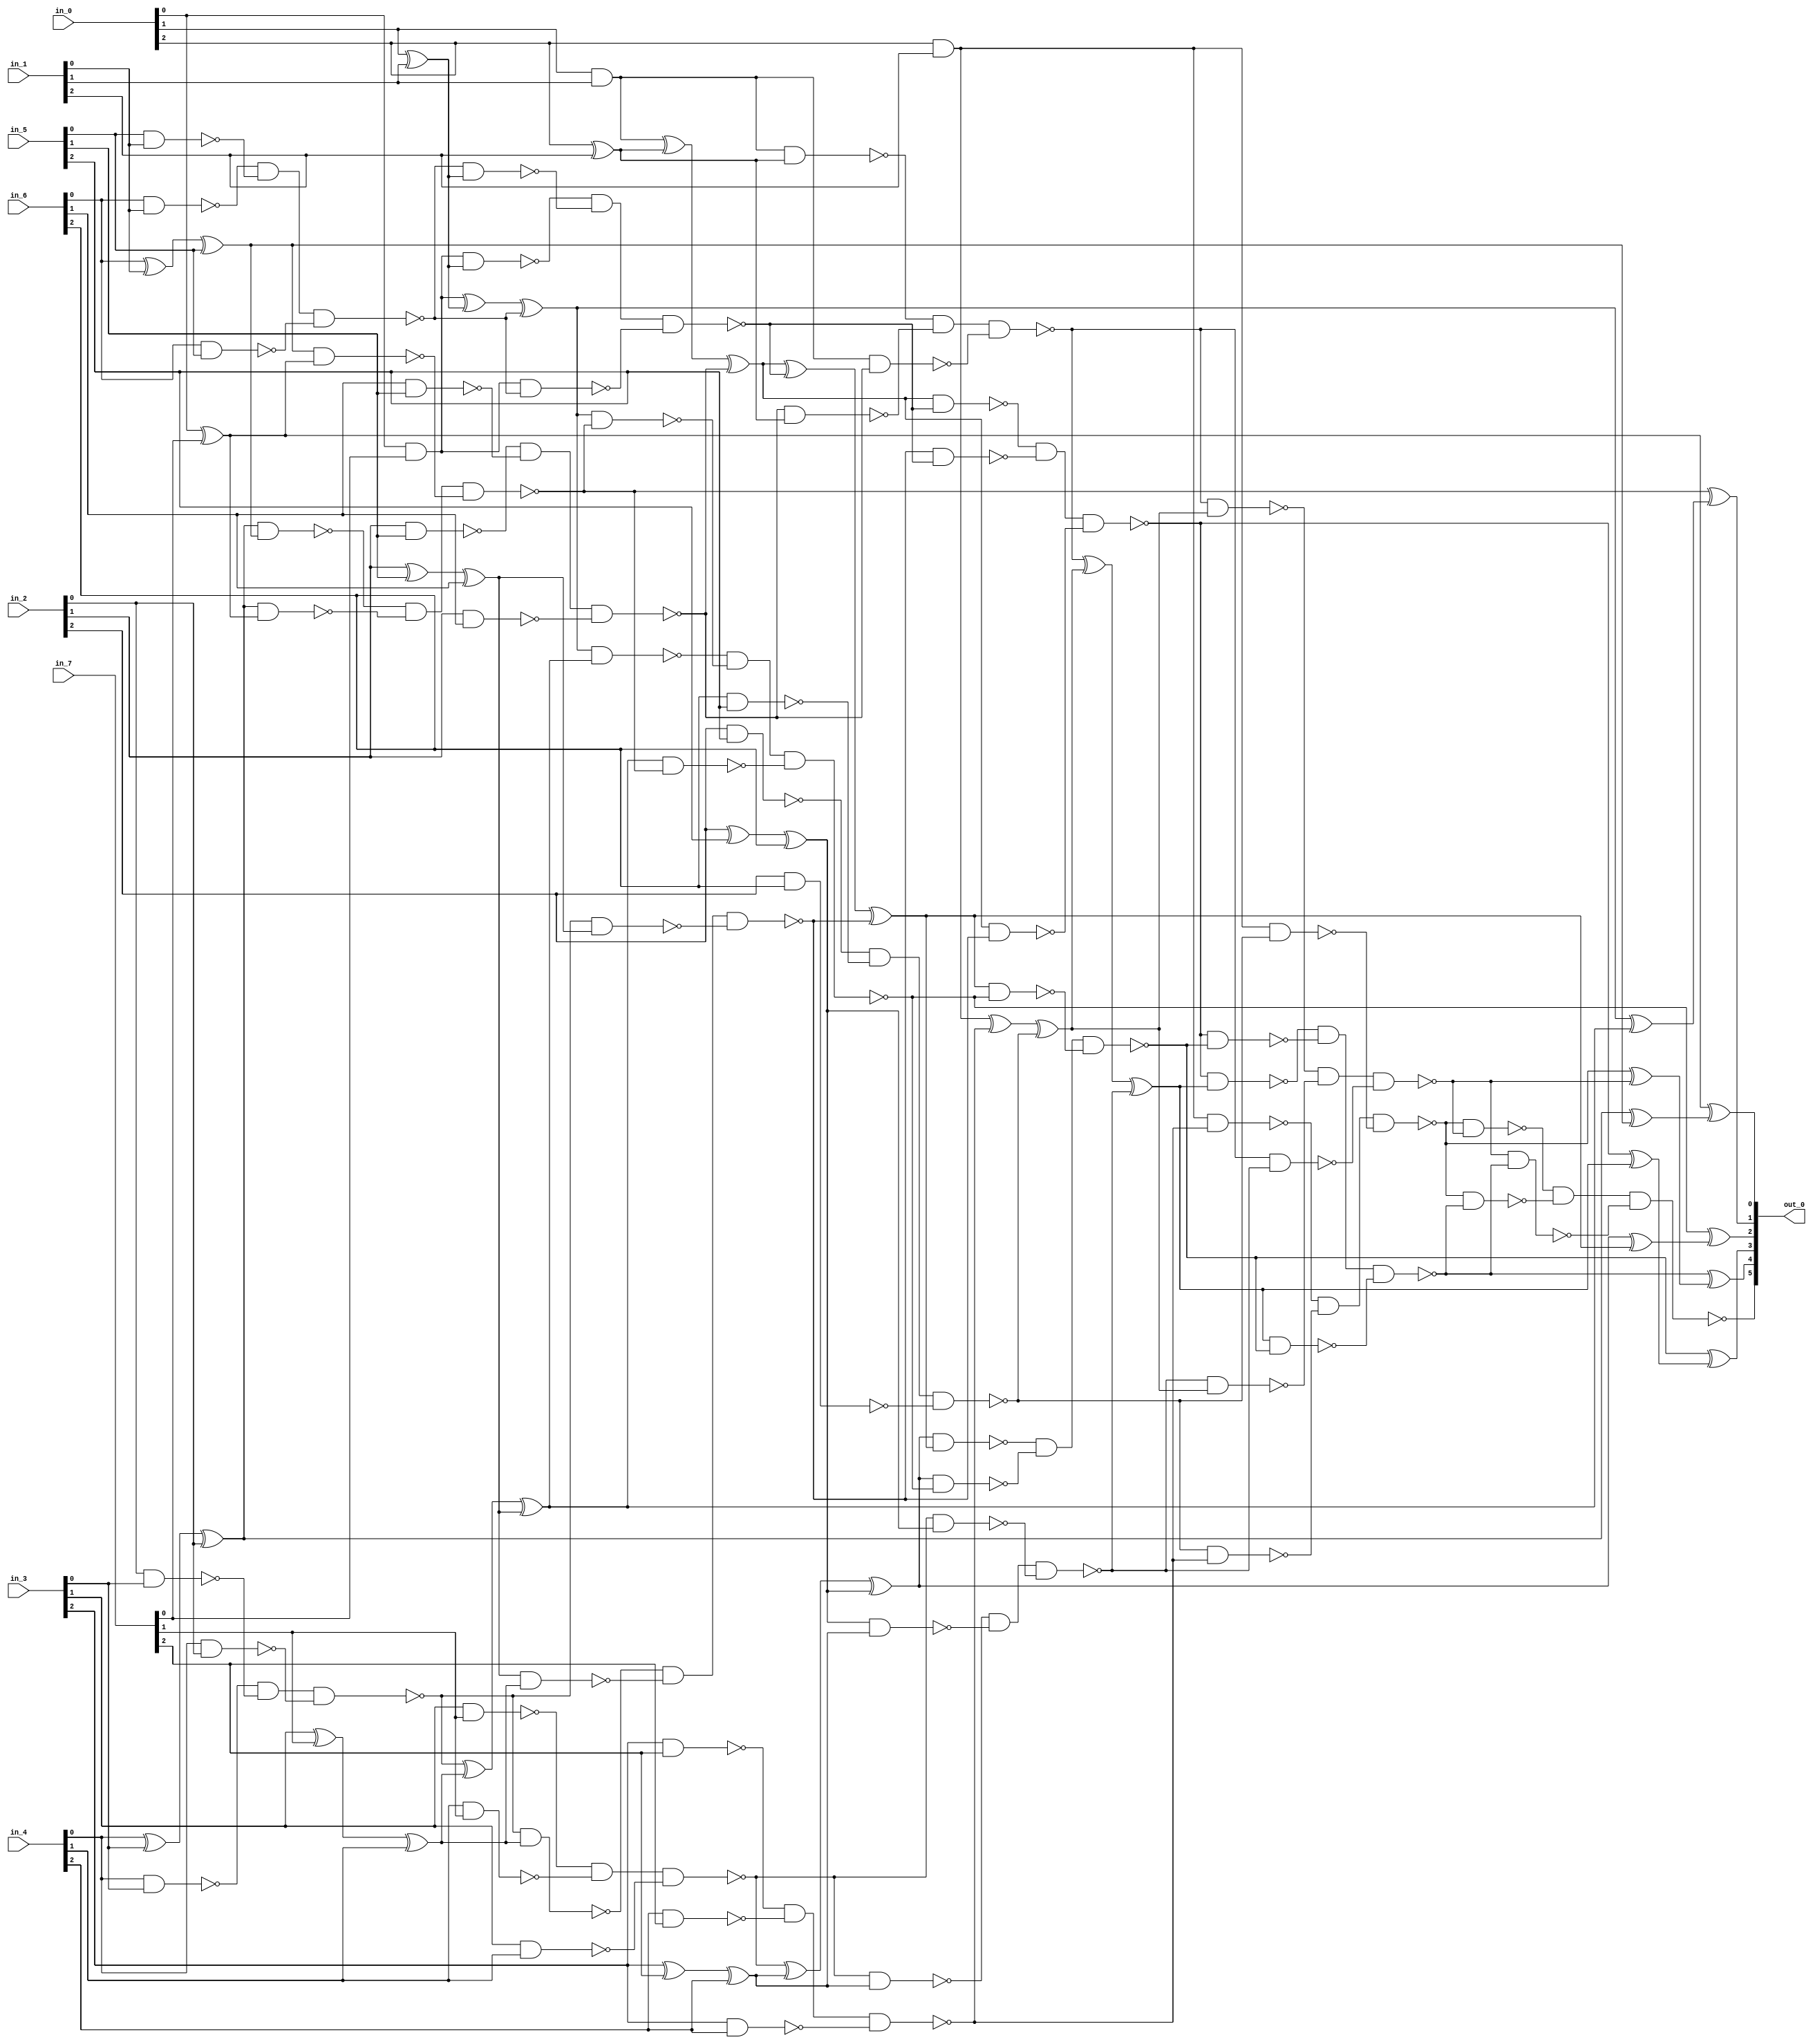
module csa_tree_add_723_48_group_78_GENERIC_REAL(in_0, in_1, in_2,
     in_3, in_4, in_5, in_6, in_7, out_0);
// synthesis_equation "assign out_0 = ( ( ( ( ( ( ( in_6 + in_7 )  + in_5 )  + in_4 )  + in_3 )  + in_2 )  + in_1 )  + in_0 )  ;"
  input [2:0] in_0, in_1, in_2, in_3, in_4, in_5, in_6, in_7;
  output [5:0] out_0;
  wire [2:0] in_0, in_1, in_2, in_3, in_4, in_5, in_6, in_7;
  wire [5:0] out_0;
  wire n_32, n_33, n_34, n_35, n_36, n_38, n_39, n_40;
  wire n_41, n_42, n_43, n_44, n_45, n_46, n_47, n_48;
  wire n_49, n_50, n_51, n_52, n_53, n_54, n_55, n_56;
  wire n_57, n_58, n_59, n_60, n_61, n_62, n_63, n_64;
  wire n_65, n_66, n_67, n_68, n_69, n_70, n_71, n_72;
  wire n_73, n_74, n_75, n_76, n_77, n_78, n_79, n_80;
  wire n_81, n_82, n_83, n_84, n_85, n_86, n_87, n_88;
  wire n_89, n_90, n_91, n_92, n_93, n_94, n_95, n_96;
  wire n_97, n_98, n_99, n_100, n_101, n_102, n_103, n_104;
  wire n_105, n_106, n_107, n_108, n_109, n_110, n_111, n_112;
  wire n_113, n_114, n_115, n_116, n_117, n_118, n_119, n_120;
  wire n_121, n_122, n_123, n_124, n_125, n_126, n_127, n_128;
  wire n_129, n_130, n_131, n_132, n_133, n_134, n_135, n_136;
  wire n_137, n_138, n_139, n_140;
  xor g1 (n_43, in_0[0], in_7[0]);
  and g17 (n_44, in_0[0], in_7[0]);
  xor g18 (n_65, in_6[0], in_1[0]);
  xor g2 (n_42, n_65, in_5[0]);
  nand g19 (n_66, in_6[0], in_1[0]);
  nand g20 (n_67, in_5[0], in_1[0]);
  nand g21 (n_68, in_6[0], in_5[0]);
  nand g22 (n_46, n_66, n_67, n_68);
  xor g23 (n_69, in_4[0], in_3[0]);
  xor g24 (n_36, n_69, in_2[0]);
  nand g3 (n_70, in_4[0], in_3[0]);
  nand g25 (n_71, in_2[0], in_3[0]);
  nand g26 (n_72, in_4[0], in_2[0]);
  nand g27 (n_47, n_70, n_71, n_72);
  xor g28 (n_45, in_0[1], in_1[1]);
  and g29 (n_50, in_0[1], in_1[1]);
  xor g30 (n_73, in_3[1], in_7[1]);
  xor g31 (n_48, n_73, in_4[1]);
  nand g32 (n_74, in_3[1], in_7[1]);
  nand g4 (n_75, in_4[1], in_7[1]);
  nand g5 (n_76, in_3[1], in_4[1]);
  nand g33 (n_53, n_74, n_75, n_76);
  xor g34 (n_77, in_2[1], in_5[1]);
  xor g35 (n_49, n_77, in_6[1]);
  nand g36 (n_78, in_2[1], in_5[1]);
  nand g37 (n_79, in_6[1], in_5[1]);
  nand g38 (n_80, in_2[1], in_6[1]);
  nand g6 (n_52, n_78, n_79, n_80);
  xor g39 (n_81, n_44, n_45);
  xor g40 (n_35, n_81, n_46);
  nand g41 (n_82, n_44, n_45);
  nand g42 (n_83, n_46, n_45);
  nand g43 (n_84, n_44, n_46);
  nand g44 (n_57, n_82, n_83, n_84);
  xor g45 (n_85, n_47, n_48);
  xor g46 (n_41, n_85, n_49);
  nand g47 (n_86, n_47, n_48);
  nand g48 (n_87, n_49, n_48);
  nand g49 (n_88, n_47, n_49);
  nand g50 (n_58, n_86, n_87, n_88);
  xor g51 (n_51, in_0[2], in_1[2]);
  and g52 (n_59, in_0[2], in_1[2]);
  xor g53 (n_89, in_3[2], in_7[2]);
  xor g54 (n_54, n_89, in_4[2]);
  nand g55 (n_90, in_3[2], in_7[2]);
  nand g56 (n_91, in_4[2], in_7[2]);
  nand g57 (n_92, in_3[2], in_4[2]);
  nand g58 (n_60, n_90, n_91, n_92);
  xor g59 (n_93, in_2[2], in_5[2]);
  xor g60 (n_55, n_93, in_6[2]);
  nand g61 (n_94, in_2[2], in_5[2]);
  nand g62 (n_95, in_6[2], in_5[2]);
  nand g63 (n_96, in_2[2], in_6[2]);
  nand g64 (n_61, n_94, n_95, n_96);
  xor g65 (n_97, n_50, n_51);
  xor g66 (n_56, n_97, n_52);
  nand g67 (n_98, n_50, n_51);
  nand g68 (n_99, n_52, n_51);
  nand g69 (n_100, n_50, n_52);
  nand g70 (n_62, n_98, n_99, n_100);
  xor g71 (n_101, n_53, n_54);
  xor g72 (n_34, n_101, n_55);
  nand g73 (n_102, n_53, n_54);
  nand g74 (n_103, n_55, n_54);
  nand g75 (n_104, n_53, n_55);
  nand g76 (n_64, n_102, n_103, n_104);
  xor g77 (n_105, n_56, n_57);
  xor g78 (n_40, n_105, n_58);
  nand g79 (n_106, n_56, n_57);
  nand g80 (n_107, n_58, n_57);
  nand g81 (n_108, n_56, n_58);
  nand g82 (n_33, n_106, n_107, n_108);
  xor g83 (n_109, n_59, n_60);
  xor g84 (n_63, n_109, n_61);
  nand g85 (n_110, n_59, n_60);
  nand g86 (n_111, n_61, n_60);
  nand g87 (n_112, n_59, n_61);
  nand g88 (n_32, n_110, n_111, n_112);
  xor g89 (n_113, n_62, n_63);
  xor g90 (n_39, n_113, n_64);
  nand g91 (n_114, n_62, n_63);
  nand g92 (n_115, n_64, n_63);
  nand g93 (n_116, n_62, n_64);
  nand g94 (n_38, n_114, n_115, n_116);
  nand g95 (n_117, n_36, n_42);
  nand g96 (n_118, n_36, n_43);
  nand g97 (n_119, n_42, n_43);
  nand g98 (n_121, n_117, n_118, n_119);
  xor g99 (n_120, n_36, n_42);
  xor g100 (out_0[0], n_43, n_120);
  nand g7 (n_122, n_35, n_41);
  nand g8 (n_123, n_35, n_121);
  nand g9 (n_124, n_41, n_121);
  nand g10 (n_126, n_122, n_123, n_124);
  xor g11 (n_125, n_35, n_41);
  xor g12 (out_0[1], n_121, n_125);
  nand g13 (n_127, n_34, n_40);
  nand g14 (n_128, n_34, n_126);
  nand g15 (n_129, n_40, n_126);
  nand g16 (n_131, n_127, n_128, n_129);
  xor g101 (n_130, n_34, n_40);
  xor g102 (out_0[2], n_126, n_130);
  nand g103 (n_132, n_33, n_39);
  nand g104 (n_133, n_33, n_131);
  nand g105 (n_134, n_39, n_131);
  nand g106 (n_136, n_132, n_133, n_134);
  xor g107 (n_135, n_33, n_39);
  xor g108 (out_0[3], n_131, n_135);
  nand g109 (n_137, n_32, n_38);
  nand g110 (n_138, n_32, n_136);
  nand g111 (n_139, n_38, n_136);
  nand g112 (out_0[5], n_137, n_138, n_139);
  xor g113 (n_140, n_32, n_38);
  xor g114 (out_0[4], n_136, n_140);
endmodule

module csa_tree_add_723_48_group_78_GENERIC(in_0, in_1, in_2, in_3,
     in_4, in_5, in_6, in_7, out_0);
  input [2:0] in_0, in_1, in_2, in_3, in_4, in_5, in_6, in_7;
  output [5:0] out_0;
  wire [2:0] in_0, in_1, in_2, in_3, in_4, in_5, in_6, in_7;
  wire [5:0] out_0;
  csa_tree_add_723_48_group_78_GENERIC_REAL g1(.in_0 (in_0), .in_1
       (in_1), .in_2 (in_2), .in_3 (in_3), .in_4 (in_4), .in_5 (in_5),
       .in_6 (in_6), .in_7 (in_7), .out_0 (out_0));
endmodule

module csa_tree_add_742_48_group_76_GENERIC_REAL(in_0, in_1, in_2,
     in_3, in_4, in_5, in_6, in_7, out_0);
// synthesis_equation "assign out_0 = ( ( ( ( ( ( ( in_6 + in_7 )  + in_5 )  + in_4 )  + in_3 )  + in_2 )  + in_1 )  + in_0 )  ;"
  input [4:0] in_0, in_1, in_2, in_3, in_4, in_5, in_6, in_7;
  output [7:0] out_0;
  wire [4:0] in_0, in_1, in_2, in_3, in_4, in_5, in_6, in_7;
  wire [7:0] out_0;
  wire n_50, n_51, n_52, n_53, n_54, n_55, n_56, n_58;
  wire n_59, n_60, n_61, n_62, n_63, n_64, n_65, n_66;
  wire n_67, n_68, n_69, n_70, n_71, n_72, n_73, n_74;
  wire n_75, n_76, n_77, n_78, n_79, n_80, n_81, n_82;
  wire n_83, n_84, n_85, n_86, n_87, n_88, n_89, n_90;
  wire n_91, n_92, n_93, n_94, n_95, n_96, n_97, n_98;
  wire n_99, n_100, n_101, n_102, n_103, n_104, n_105, n_106;
  wire n_107, n_108, n_109, n_110, n_111, n_112, n_113, n_114;
  wire n_115, n_116, n_117, n_118, n_119, n_120, n_121, n_122;
  wire n_123, n_124, n_125, n_126, n_127, n_128, n_129, n_130;
  wire n_131, n_132, n_133, n_134, n_135, n_136, n_137, n_138;
  wire n_139, n_140, n_141, n_142, n_143, n_144, n_145, n_146;
  wire n_147, n_148, n_149, n_150, n_151, n_152, n_153, n_154;
  wire n_155, n_156, n_157, n_158, n_159, n_160, n_161, n_162;
  wire n_163, n_164, n_165, n_166, n_167, n_168, n_169, n_170;
  wire n_171, n_172, n_173, n_174, n_175, n_176, n_177, n_178;
  wire n_179, n_180, n_181, n_182, n_183, n_184, n_185, n_186;
  wire n_187, n_188, n_189, n_190, n_191, n_192, n_193, n_194;
  wire n_195, n_196, n_197, n_198, n_199, n_200, n_201, n_202;
  wire n_203, n_204, n_205, n_206, n_207, n_208, n_209, n_210;
  wire n_211, n_212, n_213, n_214, n_215, n_216, n_217, n_218;
  wire n_219, n_220, n_221, n_222, n_223, n_224, n_225, n_226;
  wire n_227, n_228, n_229, n_230, n_231, n_232, n_233, n_234;
  wire n_235, n_236, n_237, n_238, n_239, n_240;
  xor g1 (n_65, in_0[0], in_7[0]);
  and g29 (n_66, in_0[0], in_7[0]);
  xor g30 (n_107, in_6[0], in_1[0]);
  xor g2 (n_64, n_107, in_5[0]);
  nand g31 (n_108, in_6[0], in_1[0]);
  nand g32 (n_109, in_5[0], in_1[0]);
  nand g33 (n_110, in_6[0], in_5[0]);
  nand g34 (n_68, n_108, n_109, n_110);
  xor g35 (n_111, in_4[0], in_3[0]);
  xor g36 (n_56, n_111, in_2[0]);
  nand g3 (n_112, in_4[0], in_3[0]);
  nand g37 (n_113, in_2[0], in_3[0]);
  nand g38 (n_114, in_4[0], in_2[0]);
  nand g39 (n_69, n_112, n_113, n_114);
  xor g40 (n_67, in_0[1], in_1[1]);
  and g41 (n_72, in_0[1], in_1[1]);
  xor g42 (n_115, in_3[1], in_7[1]);
  xor g43 (n_70, n_115, in_4[1]);
  nand g44 (n_116, in_3[1], in_7[1]);
  nand g4 (n_117, in_4[1], in_7[1]);
  nand g5 (n_118, in_3[1], in_4[1]);
  nand g45 (n_75, n_116, n_117, n_118);
  xor g46 (n_119, in_2[1], in_5[1]);
  xor g47 (n_71, n_119, in_6[1]);
  nand g48 (n_120, in_2[1], in_5[1]);
  nand g49 (n_121, in_6[1], in_5[1]);
  nand g50 (n_122, in_2[1], in_6[1]);
  nand g6 (n_74, n_120, n_121, n_122);
  xor g51 (n_123, n_66, n_67);
  xor g52 (n_55, n_123, n_68);
  nand g53 (n_124, n_66, n_67);
  nand g54 (n_125, n_68, n_67);
  nand g55 (n_126, n_66, n_68);
  nand g56 (n_79, n_124, n_125, n_126);
  xor g57 (n_127, n_69, n_70);
  xor g58 (n_63, n_127, n_71);
  nand g59 (n_128, n_69, n_70);
  nand g60 (n_129, n_71, n_70);
  nand g61 (n_130, n_69, n_71);
  nand g62 (n_80, n_128, n_129, n_130);
  xor g63 (n_73, in_0[2], in_1[2]);
  and g64 (n_81, in_0[2], in_1[2]);
  xor g65 (n_131, in_3[2], in_7[2]);
  xor g66 (n_76, n_131, in_4[2]);
  nand g67 (n_132, in_3[2], in_7[2]);
  nand g68 (n_133, in_4[2], in_7[2]);
  nand g69 (n_134, in_3[2], in_4[2]);
  nand g70 (n_82, n_132, n_133, n_134);
  xor g71 (n_135, in_2[2], in_5[2]);
  xor g72 (n_77, n_135, in_6[2]);
  nand g73 (n_136, in_2[2], in_5[2]);
  nand g74 (n_137, in_6[2], in_5[2]);
  nand g75 (n_138, in_2[2], in_6[2]);
  nand g76 (n_83, n_136, n_137, n_138);
  xor g77 (n_139, n_72, n_73);
  xor g78 (n_78, n_139, n_74);
  nand g79 (n_140, n_72, n_73);
  nand g80 (n_141, n_74, n_73);
  nand g81 (n_142, n_72, n_74);
  nand g82 (n_87, n_140, n_141, n_142);
  xor g83 (n_143, n_75, n_76);
  xor g84 (n_54, n_143, n_77);
  nand g85 (n_144, n_75, n_76);
  nand g86 (n_145, n_77, n_76);
  nand g87 (n_146, n_75, n_77);
  nand g88 (n_88, n_144, n_145, n_146);
  xor g89 (n_147, n_78, n_79);
  xor g90 (n_62, n_147, n_80);
  nand g91 (n_148, n_78, n_79);
  nand g92 (n_149, n_80, n_79);
  nand g93 (n_150, n_78, n_80);
  nand g94 (n_53, n_148, n_149, n_150);
  xor g95 (n_151, in_0[3], in_1[3]);
  xor g96 (n_84, n_151, in_3[3]);
  nand g97 (n_152, in_0[3], in_1[3]);
  nand g98 (n_153, in_3[3], in_1[3]);
  nand g99 (n_154, in_0[3], in_3[3]);
  nand g100 (n_91, n_152, n_153, n_154);
  xor g101 (n_155, in_7[3], in_4[3]);
  xor g102 (n_85, n_155, in_2[3]);
  nand g103 (n_156, in_7[3], in_4[3]);
  nand g104 (n_157, in_2[3], in_4[3]);
  nand g105 (n_158, in_7[3], in_2[3]);
  nand g106 (n_92, n_156, n_157, n_158);
  xor g107 (n_159, in_5[3], in_6[3]);
  xor g108 (n_86, n_159, n_81);
  nand g109 (n_160, in_5[3], in_6[3]);
  nand g110 (n_161, n_81, in_6[3]);
  nand g111 (n_162, in_5[3], n_81);
  nand g112 (n_95, n_160, n_161, n_162);
  xor g113 (n_163, n_82, n_83);
  xor g114 (n_89, n_163, n_84);
  nand g115 (n_164, n_82, n_83);
  nand g116 (n_165, n_84, n_83);
  nand g117 (n_166, n_82, n_84);
  nand g118 (n_97, n_164, n_165, n_166);
  xor g119 (n_167, n_85, n_86);
  xor g120 (n_90, n_167, n_87);
  nand g121 (n_168, n_85, n_86);
  nand g122 (n_169, n_87, n_86);
  nand g123 (n_170, n_85, n_87);
  nand g124 (n_99, n_168, n_169, n_170);
  xor g125 (n_171, n_88, n_89);
  xor g126 (n_61, n_171, n_90);
  nand g127 (n_172, n_88, n_89);
  nand g128 (n_173, n_90, n_89);
  nand g129 (n_174, n_88, n_90);
  nand g130 (n_52, n_172, n_173, n_174);
  xor g131 (n_175, in_0[4], in_1[4]);
  xor g132 (n_93, n_175, in_3[4]);
  nand g133 (n_176, in_0[4], in_1[4]);
  nand g134 (n_177, in_3[4], in_1[4]);
  nand g135 (n_178, in_0[4], in_3[4]);
  nand g136 (n_101, n_176, n_177, n_178);
  xor g137 (n_179, in_7[4], in_4[4]);
  xor g138 (n_94, n_179, in_2[4]);
  nand g139 (n_180, in_7[4], in_4[4]);
  nand g140 (n_181, in_2[4], in_4[4]);
  nand g141 (n_182, in_7[4], in_2[4]);
  nand g142 (n_102, n_180, n_181, n_182);
  xor g143 (n_183, in_5[4], in_6[4]);
  xor g144 (n_96, n_183, n_91);
  nand g145 (n_184, in_5[4], in_6[4]);
  nand g146 (n_185, n_91, in_6[4]);
  nand g147 (n_186, in_5[4], n_91);
  nand g148 (n_103, n_184, n_185, n_186);
  xor g149 (n_187, n_92, n_93);
  xor g150 (n_98, n_187, n_94);
  nand g151 (n_188, n_92, n_93);
  nand g152 (n_189, n_94, n_93);
  nand g153 (n_190, n_92, n_94);
  nand g154 (n_104, n_188, n_189, n_190);
  xor g155 (n_191, n_95, n_96);
  xor g156 (n_100, n_191, n_97);
  nand g157 (n_192, n_95, n_96);
  nand g158 (n_193, n_97, n_96);
  nand g159 (n_194, n_95, n_97);
  nand g160 (n_106, n_192, n_193, n_194);
  xor g161 (n_195, n_98, n_99);
  xor g162 (n_60, n_195, n_100);
  nand g163 (n_196, n_98, n_99);
  nand g164 (n_197, n_100, n_99);
  nand g165 (n_198, n_98, n_100);
  nand g166 (n_51, n_196, n_197, n_198);
  xor g167 (n_199, n_101, n_102);
  xor g168 (n_105, n_199, n_103);
  nand g169 (n_200, n_101, n_102);
  nand g170 (n_201, n_103, n_102);
  nand g171 (n_202, n_101, n_103);
  nand g172 (n_50, n_200, n_201, n_202);
  xor g173 (n_203, n_104, n_105);
  xor g174 (n_59, n_203, n_106);
  nand g175 (n_204, n_104, n_105);
  nand g176 (n_205, n_106, n_105);
  nand g177 (n_206, n_104, n_106);
  nand g178 (n_58, n_204, n_205, n_206);
  nand g179 (n_207, n_56, n_64);
  nand g180 (n_208, n_56, n_65);
  nand g181 (n_209, n_64, n_65);
  nand g182 (n_211, n_207, n_208, n_209);
  xor g183 (n_210, n_56, n_64);
  xor g184 (out_0[0], n_65, n_210);
  nand g7 (n_212, n_55, n_63);
  nand g8 (n_213, n_55, n_211);
  nand g9 (n_214, n_63, n_211);
  nand g10 (n_216, n_212, n_213, n_214);
  xor g11 (n_215, n_55, n_63);
  xor g12 (out_0[1], n_211, n_215);
  nand g13 (n_217, n_54, n_62);
  nand g14 (n_218, n_54, n_216);
  nand g15 (n_219, n_62, n_216);
  nand g16 (n_221, n_217, n_218, n_219);
  xor g17 (n_220, n_54, n_62);
  xor g18 (out_0[2], n_216, n_220);
  nand g19 (n_222, n_53, n_61);
  nand g20 (n_223, n_53, n_221);
  nand g21 (n_224, n_61, n_221);
  nand g22 (n_226, n_222, n_223, n_224);
  xor g23 (n_225, n_53, n_61);
  xor g24 (out_0[3], n_221, n_225);
  nand g25 (n_227, n_52, n_60);
  nand g26 (n_228, n_52, n_226);
  nand g27 (n_229, n_60, n_226);
  nand g28 (n_231, n_227, n_228, n_229);
  xor g185 (n_230, n_52, n_60);
  xor g186 (out_0[4], n_226, n_230);
  nand g187 (n_232, n_51, n_59);
  nand g188 (n_233, n_51, n_231);
  nand g189 (n_234, n_59, n_231);
  nand g190 (n_236, n_232, n_233, n_234);
  xor g191 (n_235, n_51, n_59);
  xor g192 (out_0[5], n_231, n_235);
  nand g193 (n_237, n_50, n_58);
  nand g194 (n_238, n_50, n_236);
  nand g195 (n_239, n_58, n_236);
  nand g196 (out_0[7], n_237, n_238, n_239);
  xor g197 (n_240, n_50, n_58);
  xor g198 (out_0[6], n_236, n_240);
endmodule

module csa_tree_add_742_48_group_76_GENERIC(in_0, in_1, in_2, in_3,
     in_4, in_5, in_6, in_7, out_0);
  input [4:0] in_0, in_1, in_2, in_3, in_4, in_5, in_6, in_7;
  output [7:0] out_0;
  wire [4:0] in_0, in_1, in_2, in_3, in_4, in_5, in_6, in_7;
  wire [7:0] out_0;
  csa_tree_add_742_48_group_76_GENERIC_REAL g1(.in_0 (in_0), .in_1
       (in_1), .in_2 (in_2), .in_3 (in_3), .in_4 (in_4), .in_5 (in_5),
       .in_6 (in_6), .in_7 (in_7), .out_0 (out_0));
endmodule

module csa_tree_add_757_28_group_80_GENERIC_REAL(in_0, in_1, in_2,
     in_3, out_0);
// synthesis_equation "assign out_0 = ( ( ( in_2 + in_3 )  + in_1 )  + in_0 )  ;"
  input [5:0] in_0, in_1, in_2, in_3;
  output [7:0] out_0;
  wire [5:0] in_0, in_1, in_2, in_3;
  wire [7:0] out_0;
  wire n_34, n_35, n_36, n_37, n_38, n_39, n_40, n_42;
  wire n_43, n_44, n_45, n_46, n_47, n_48, n_49, n_50;
  wire n_51, n_52, n_53, n_54, n_55, n_56, n_57, n_58;
  wire n_59, n_60, n_61, n_62, n_63, n_64, n_65, n_66;
  wire n_67, n_68, n_69, n_70, n_71, n_72, n_73, n_74;
  wire n_75, n_76, n_77, n_78, n_79, n_80, n_81, n_82;
  wire n_83, n_84, n_85, n_86, n_87, n_88, n_89, n_90;
  wire n_91, n_92, n_93, n_94, n_95, n_96, n_97, n_98;
  wire n_99, n_100, n_101, n_102, n_103, n_104, n_105, n_106;
  wire n_107, n_108, n_109, n_110, n_111, n_112, n_113, n_114;
  wire n_115, n_116, n_117, n_118, n_119, n_120, n_121, n_122;
  wire n_123, n_124, n_125, n_126;
  xor g1 (n_48, in_0[0], in_3[0]);
  and g12 (n_39, in_0[0], in_3[0]);
  xor g13 (n_50, in_0[1], in_1[1]);
  and g2 (n_51, in_0[1], in_1[1]);
  xor g14 (n_49, in_3[1], in_2[1]);
  xor g15 (n_47, n_49, n_50);
  nand g3 (n_59, in_3[1], in_2[1]);
  nand g16 (n_60, n_50, in_2[1]);
  nand g17 (n_61, in_3[1], n_50);
  nand g18 (n_38, n_59, n_60, n_61);
  xor g19 (n_62, in_0[2], in_1[2]);
  xor g20 (n_52, n_62, in_3[2]);
  nand g21 (n_63, in_0[2], in_1[2]);
  nand g4 (n_64, in_3[2], in_1[2]);
  nand g22 (n_65, in_0[2], in_3[2]);
  nand g23 (n_53, n_63, n_64, n_65);
  xor g24 (n_66, in_2[2], n_51);
  xor g25 (n_46, n_66, n_52);
  nand g26 (n_67, in_2[2], n_51);
  nand g27 (n_68, n_52, n_51);
  nand g5 (n_69, in_2[2], n_52);
  nand g28 (n_37, n_67, n_68, n_69);
  xor g29 (n_70, in_0[3], in_1[3]);
  xor g30 (n_54, n_70, in_3[3]);
  nand g31 (n_71, in_0[3], in_1[3]);
  nand g32 (n_72, in_3[3], in_1[3]);
  nand g33 (n_73, in_0[3], in_3[3]);
  nand g6 (n_55, n_71, n_72, n_73);
  xor g34 (n_74, in_2[3], n_53);
  xor g35 (n_45, n_74, n_54);
  nand g36 (n_75, in_2[3], n_53);
  nand g37 (n_76, n_54, n_53);
  nand g38 (n_77, in_2[3], n_54);
  nand g39 (n_36, n_75, n_76, n_77);
  xor g40 (n_78, in_0[4], in_1[4]);
  xor g41 (n_56, n_78, in_3[4]);
  nand g42 (n_79, in_0[4], in_1[4]);
  nand g43 (n_80, in_3[4], in_1[4]);
  nand g44 (n_81, in_0[4], in_3[4]);
  nand g45 (n_57, n_79, n_80, n_81);
  xor g46 (n_82, in_2[4], n_55);
  xor g47 (n_44, n_82, n_56);
  nand g48 (n_83, in_2[4], n_55);
  nand g49 (n_84, n_56, n_55);
  nand g50 (n_85, in_2[4], n_56);
  nand g51 (n_35, n_83, n_84, n_85);
  xor g52 (n_86, in_0[5], in_1[5]);
  xor g53 (n_58, n_86, in_3[5]);
  nand g54 (n_87, in_0[5], in_1[5]);
  nand g55 (n_88, in_3[5], in_1[5]);
  nand g56 (n_89, in_0[5], in_3[5]);
  nand g57 (n_34, n_87, n_88, n_89);
  xor g58 (n_90, in_2[5], n_57);
  xor g59 (n_43, n_90, n_58);
  nand g60 (n_91, in_2[5], n_57);
  nand g61 (n_92, n_58, n_57);
  nand g62 (n_93, in_2[5], n_58);
  nand g63 (n_42, n_91, n_92, n_93);
  nand g64 (n_94, in_1[0], n_48);
  nand g65 (n_95, in_1[0], in_2[0]);
  nand g66 (n_96, n_48, in_2[0]);
  nand g67 (n_98, n_94, n_95, n_96);
  xor g68 (n_97, in_1[0], n_48);
  xor g69 (out_0[0], in_2[0], n_97);
  nand g7 (n_99, n_39, n_47);
  nand g8 (n_100, n_39, n_98);
  nand g9 (n_101, n_47, n_98);
  nand g10 (n_103, n_99, n_100, n_101);
  xor g11 (n_102, n_39, n_47);
  xor g70 (out_0[1], n_98, n_102);
  nand g71 (n_104, n_38, n_46);
  nand g72 (n_105, n_38, n_103);
  nand g73 (n_106, n_46, n_103);
  nand g74 (n_40, n_104, n_105, n_106);
  xor g75 (n_107, n_38, n_46);
  xor g76 (out_0[2], n_103, n_107);
  nand g77 (n_108, n_37, n_45);
  nand g78 (n_109, n_37, n_40);
  nand g79 (n_110, n_45, n_40);
  nand g80 (n_112, n_108, n_109, n_110);
  xor g81 (n_111, n_37, n_45);
  xor g82 (out_0[3], n_40, n_111);
  nand g83 (n_113, n_36, n_44);
  nand g84 (n_114, n_36, n_112);
  nand g85 (n_115, n_44, n_112);
  nand g86 (n_117, n_113, n_114, n_115);
  xor g87 (n_116, n_36, n_44);
  xor g88 (out_0[4], n_112, n_116);
  nand g89 (n_118, n_35, n_43);
  nand g90 (n_119, n_35, n_117);
  nand g91 (n_120, n_43, n_117);
  nand g92 (n_122, n_118, n_119, n_120);
  xor g93 (n_121, n_35, n_43);
  xor g94 (out_0[5], n_117, n_121);
  nand g95 (n_123, n_34, n_42);
  nand g96 (n_124, n_34, n_122);
  nand g97 (n_125, n_42, n_122);
  nand g98 (out_0[7], n_123, n_124, n_125);
  xor g99 (n_126, n_34, n_42);
  xor g100 (out_0[6], n_122, n_126);
endmodule

module csa_tree_add_757_28_group_80_GENERIC(in_0, in_1, in_2, in_3,
     out_0);
  input [5:0] in_0, in_1, in_2, in_3;
  output [7:0] out_0;
  wire [5:0] in_0, in_1, in_2, in_3;
  wire [7:0] out_0;
  csa_tree_add_757_28_group_80_GENERIC_REAL g1(.in_0 (in_0), .in_1
       (in_1), .in_2 (in_2), .in_3 (in_3), .out_0 (out_0));
endmodule